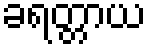
ခရတ္တာယ